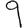
Digit: 9